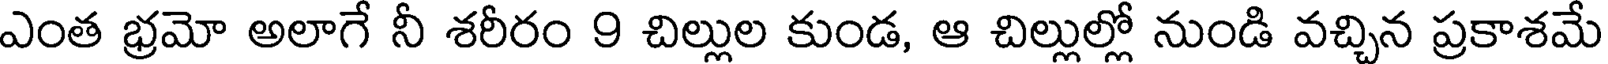
ఎంత భ్రమో అలాగే నీ శరీరం 9 చిల్లుల కుండ, ఆ చిల్లుల్లో నుండి వచ్చిన ప్రకాశమే